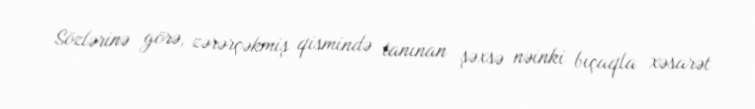
Sözlərinə görə, zərərçəkmiş qismində tanınan şəxsə nəinki bıçaqla xəsarət